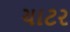
ચાટર